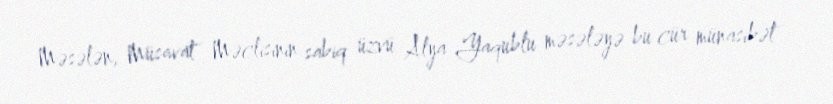
Məsələn, Müsavat Məclisinin sabiq üzvü Alya Yaqublu məsələyə bu cür münasibət